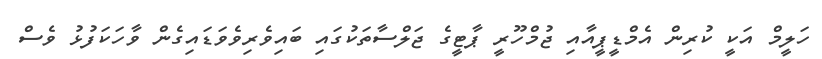
ހަލީމް އަކީ ކުރިން އެމްޑީޕީއާއި ޖުމްހޫރީ ޕާޓީގެ ޖަލްސާތަކުގައި ބައިވެރިވެވަޑައިގެން ވާހަަކަފުޅު ވެސް